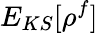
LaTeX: E_{KS}[\rho^{f}]